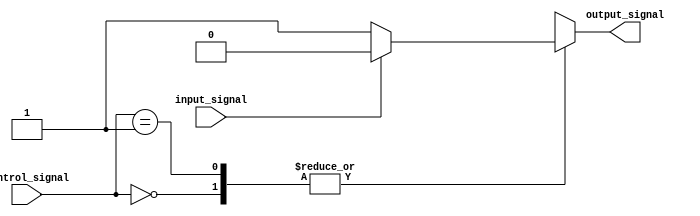
module behavioral_modeling_block (
    input wire [3:0] control_signal,
    input wire input_signal,
    output reg output_signal
);

always @(*)
begin
    case (control_signal)
        4'b0000: begin
            if (input_signal == 1'b0) begin
                output_signal <= 1'b1; // Execute code block for control signal 0000 and input signal 0
            end
            else begin
                output_signal <= 1'b0; // Execute else block for control signal 0000
            end
        end
        
        4'b0001: begin
            if (input_signal == 1'b1) begin
                output_signal <= 1'b0; // Execute code block for control signal 0001 and input signal 1
            end
            else begin
                output_signal <= 1'b1; // Execute else block for control signal 0001
            end
        end
        
        default: begin
            output_signal <= 1'bx; // Default behavior if control signal does not match any case
        end
    endcase
end

endmodule